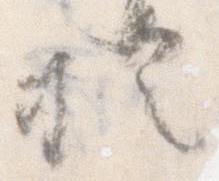
於